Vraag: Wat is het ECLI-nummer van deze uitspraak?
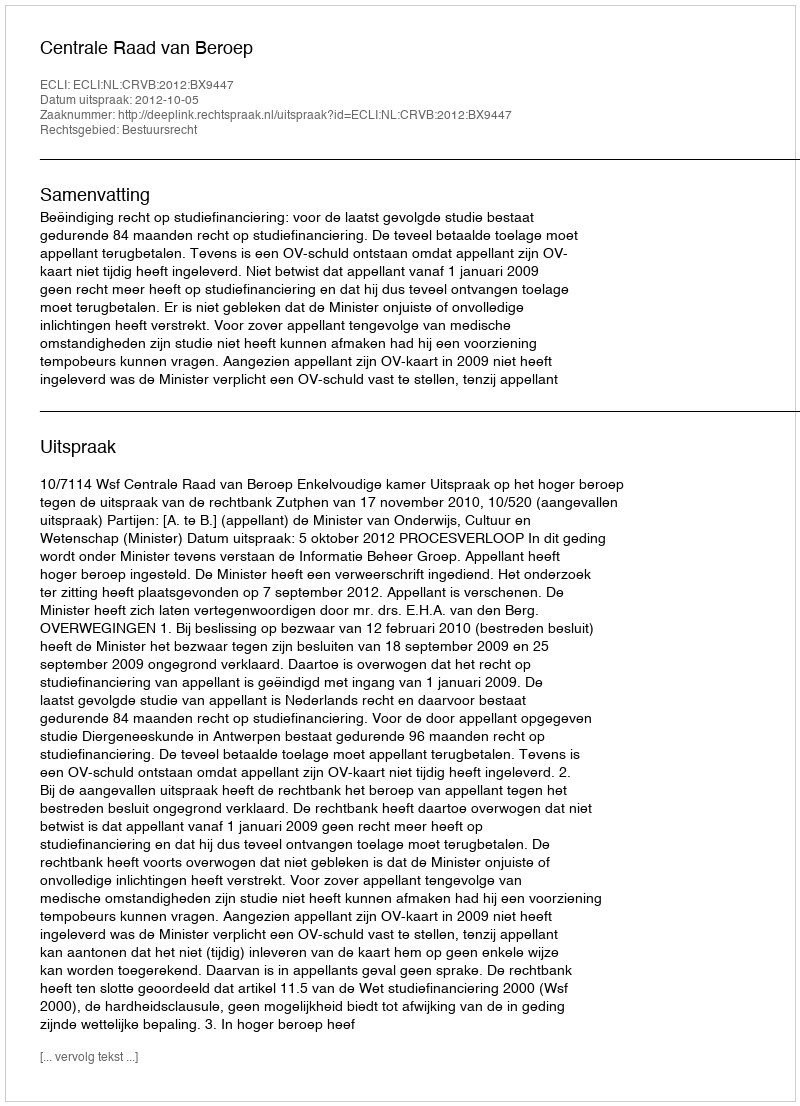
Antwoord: ECLI:NL:CRVB:2012:BX9447